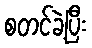
စတင်ခဲ့ပြီး